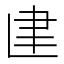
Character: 𰭼